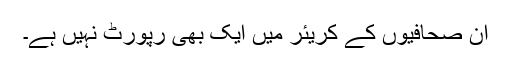
ان صحافیوں کے کریئر میں ایک بھی رپورٹ نہیں ہے۔